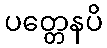
ပတ္တေနပိ